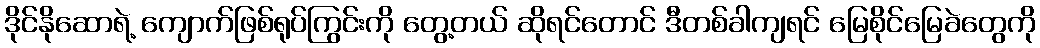
ဒိုင်နိုဆောရဲ့ ကျောက်ဖြစ်ရုပ်ကြွင်းကို တွေ့တယ် ဆိုရင်တောင် ဒီတစ်ခါကျရင် မြေစိုင်မြေခဲတွေကို